Report on vaccination in the Province of Bengal - 1869-1873
Year: 1869
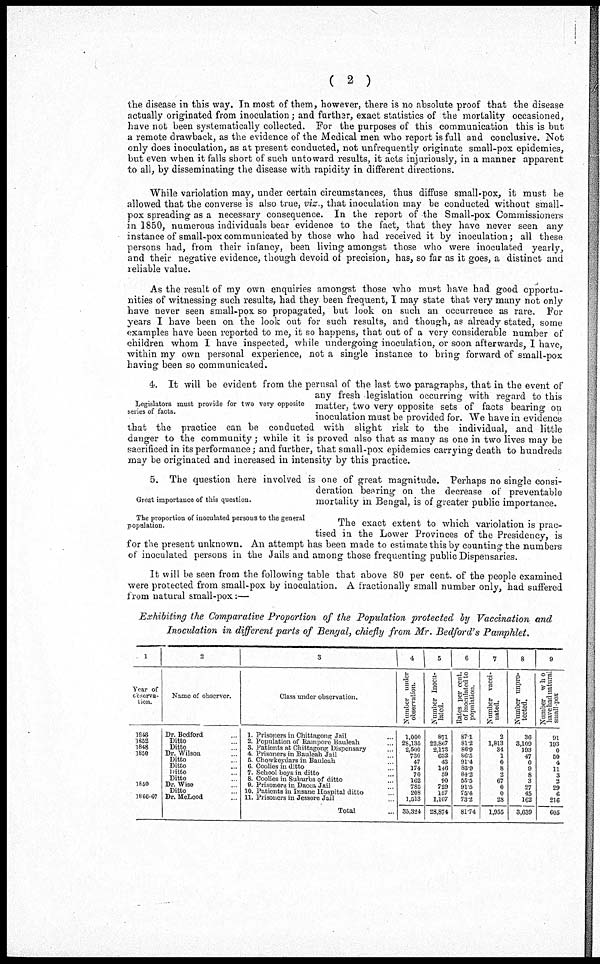
( 2 )
the disease in this way. In most of them, however, there is no absolute proof that the disease
actually originated from inoculation; and further, exact statistics of the mortality occasioned,
have not been systematically collected. For the purposes of this communication this is but
a remote drawback, as the evidence of the Medical men who report is full and conclusive. Not
only does inoculation, as at present conducted, not unfrequently originate small-pox epidemics,
but even when it falls short of such untoward results, it acts injuriously, in a manner apparent
to all, by disseminating the disease with rapidity in different directions.
While variolation may, under certain circumstances, thus diffuse small-pox, it must be
allowed that the converse is also true, viz., that inoculation may be conducted without small-
pox spreading as a necessary consequence. In the report of the Small-pox Commissioners
in 1850, numerous individuals bear evidence to the fact, that they have never seen any
instance of small-pox communicated by those who had received it by inoculation; all these
persons had, from their infancy, been living amongst those who were inoculated yearly,
and their negative evidence, though devoid of precision, has, so far as it goes, a distinct and
reliable value.
As the result of my own enquiries amongst those who must have had good opportu-
nities of witnessing such results, had they been frequent, I may state that very many not only
have never seen small-pox so propagated, but look on such an occurrence as rare. For
years I have been on the look out for such results, and though, as already stated, some
examples have been reported to me, it so happens, that out of a very considerable number of
children whom I have inspected, while undergoing inoculation, or soon afterwards, I have,
within my own personal experience, not a single instance to bring forward of small-pox
having been so communicated.
Legislators must provide for two very opposite
series of facts.
4. It will be evident from the perusal of the last two paragraphs, that in the event of
any fresh legislation occurring with regard to this
matter, two very opposite sets of facts bearing on
inoculation must be provided for. We have in evidence
that the practice can be conducted with slight risk to the individual, and little
danger to the community ; while it is proved also that as many as one in two lives may be
sacrificed in its performance; and further, that small-pox epidemics carrying death to hundreds
may be originated and increased in intensity by this practice.
Great importance of this question.
5. The question here involved is one of great magnitude. Perhaps no single consi-
deration bearing on the decrease of preventable
mortality in Bengal, is of greater public importance.
The proportion of inoculated persons to the general
population.
The exact extent to which variolation is prac-
tised in the Lower Provinces of the Presidency, is
for the present unknown. An attempt has been made to estimate this by counting the numbers
of inoculated persons in the Jails and among those frequenting public Dispensaries.
It will be seen from the following table that above 80 per cent. of the people examined
were protected from small-pox by inoculation. A fractionally small number only, had suffered
from natural small-pox:—
Exhibiting the Comparative Proportion of the Population protected by Vaccination and
Inoculation in different parts of Bengal, chiefly from Mr. Bedford's Pamphlet.
1
Year of
observa-
tion.
1848
1852
1848
1850
1850
1866-67
2
Name of observer.
Dr. Bedford ...
Ditto ...
Ditto ...
Dr. Wilson ...
Ditto ...
Ditto ...
Ditto ...
Ditto ...
Dr. Wise ...
Ditto ...
Dr. McLeod ...
3
Class under observation.
1. Prisoners in Chittagong Jail ...
2. Population of Rampore Bauleah ...
3. Patients at Chittagong Dispensary ...
4. Prisoners in Bauleah Jail ...
5. Chowkeydars in Bauleah ...
6. Coolies in ditto ...
7. School boys in ditto ...
8. Coolies in Suburbs of ditto ...
9. Prisoners in Dacca Jail ...
10. Patients in Insane Hospital ditto ...
11. Prisoners in Jessore Jail ...
Total ...
4
Number under
observation.
1,000
28,135
2,500
730
47
174
70
162
785
208
1,513
35,324
5
Number Inocu-
lated.
871
22,867
2,173
632
43
146
59
90
729
157
1,107
28,874
6
Rates per cent.
of inoculated to
population.
87.1
81.2
86.9
86.5
91.4
83.9
84.2
55.5
91.5
75.4
73.2
81.74
7
Number vacci-
nated.
2
1,813
34
1
0
8
2
67
0
0
28
1,955
8
Number unpro-
tected.
36
3,109
193
47
0
9
8
3
27
45
162
3,639
9
Number who
have had natural
small-pox
91
193
0
50
4
11
3
2
29
6
216
605